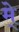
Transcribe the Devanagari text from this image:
मे्